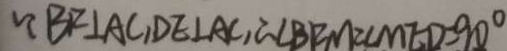
\because B E \bot A C , D E \bot A C , \therefore \angle B F M = \angle M F D = 9 0 ^ { \circ }